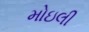
મોઇલી